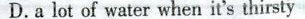
D.a lot of water when it's thirsty